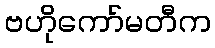
ဗဟိုကော်မတီက